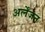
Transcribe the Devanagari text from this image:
अर्लेंजन